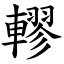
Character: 轇